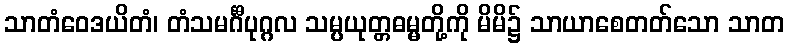
သာတံဝေဒယိတံ၊ တံသမင်္ဂီပုဂ္ဂလ သမ္ပယုတ္တဓမ္မတို့ကို မိမိ၌ သာယာစေတတ်သော သာတ